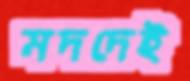
মদদেই